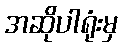
အဆိုပါရုံးမှ